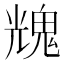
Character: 𩳁